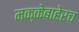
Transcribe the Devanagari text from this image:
मक्केबाहेरच